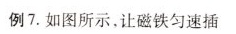
例7.如图所示，让磁铁匀速插